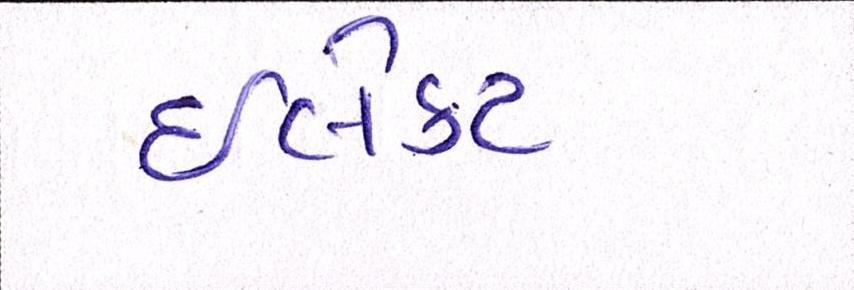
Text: ઈલેક્ટ